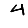
Digit: 4